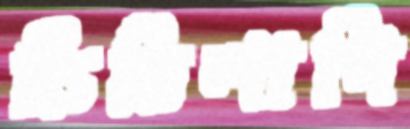
চিত্তিলাপি